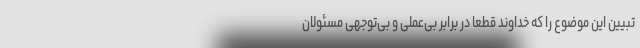
تبیین این موضوع را که خداوند قطعاً در برابر بی‌عملی و بی‌توجهی مسئولان